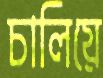
চালিয়ে